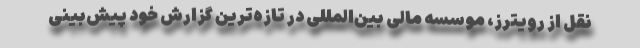
نقل از رویترز، موسسه مالی بین‌المللی در تازه‌ترین گزارش خود پیش‌بینی